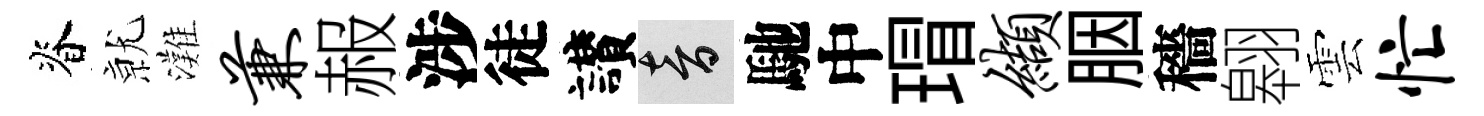
脊𭕒灘兼赧涉徒讃音馳中瑁缬胭穡翱雲忙